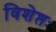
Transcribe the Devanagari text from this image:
विशेष्तः